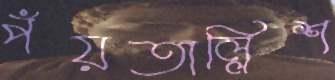
পঁয়তাল্লিশ